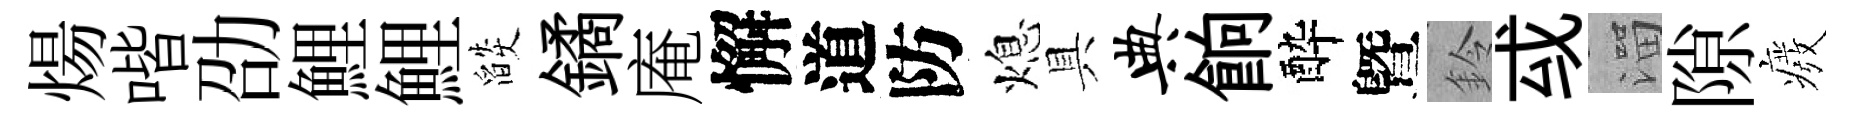
煬喈劭鯉鯉燄鐍庵懈道防熄具典餉酔曁鈴㦯溜隙癈